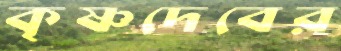
কৃষ্ণদেবের